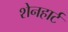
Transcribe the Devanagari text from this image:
शेनहार्ट